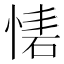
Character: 𢝇